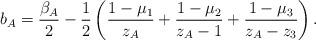
LaTeX: \begin{align*}b_A =\frac{\beta_{A}}{2} -\frac{1}{2}\left( \frac{1-\mu _1}{z_A}+\frac{1-\mu _2}{z_A-1}+ \frac{1-\mu _3}{z_A-z_3}\right).\end{align*}